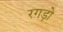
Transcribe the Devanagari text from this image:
रगड़ो